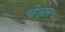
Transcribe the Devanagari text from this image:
चेउल